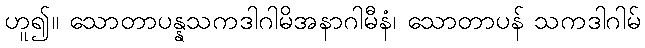
ဟူ၍။ သောတာပန္နသကဒါဂါမိအနာဂါမီနံ၊ သောတာပန် သကဒါဂါမ်